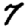
Digit: 7